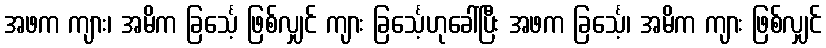
အဖက ကျား၊ အမိက ခြင်္သေ့ ဖြစ်လျှင် ကျား ခြင်္သေ့ဟုခေါ်ပြီး အဖက ခြင်္သေ့၊ အမိက ကျား ဖြစ်လျှင်